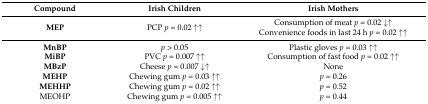
<table><thead><tr><td><b>Compound</b></td><td><b>Irish Children</b></td><td><b>Irish Mothers</b></td></tr></thead><tbody><tr><td><b>MEP</b></td><td>PCP <i>p</i> = 0.02 ↑↑</td><td>Consumption of meat <i>p</i> = 0.02 <i>↓↑</i>Convenience foods in last 24 h <i>p</i> = 0.02 ↑↑</td></tr><tr><td><b>MnBP</b></td><td><i>p</i> &gt; 0.05</td><td>Plastic gloves <i>p</i> = 0.03 ↑↑</td></tr><tr><td><b>MiBP</b></td><td>PVC <i>p</i> = 0.007 ↑↑</td><td>Consumption of fast food <i>p</i> = 0.02 ↑↑</td></tr><tr><td><b>MBzP</b></td><td>Cheese <i>p</i> = 0.007 ↓↑</td><td>None</td></tr><tr><td><b>MEHP</b></td><td>Chewing gum <i>p</i> = 0.03 ↑↑</td><td><i>p</i> = 0.26</td></tr><tr><td><b>MEHHP</b></td><td>Chewing gum <i>p</i> = 0.02 ↑↑</td><td><i>p</i> = 0.52</td></tr><tr><td>MEOHP</td><td>Chewing gum <i>p</i> = 0.005 ↑↑</td><td><i>p</i> = 0.44</td></tr></tbody></table>